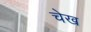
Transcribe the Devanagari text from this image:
चेख